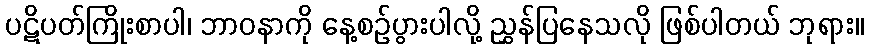
ပဋိပတ်ကြိုးစာပါ၊ ဘာဝနာကို နေ့စဉ်ပွားပါလို့ ညွှန်ပြနေသလို ဖြစ်ပါတယ် ဘုရား။